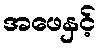
အဖေနှင့်